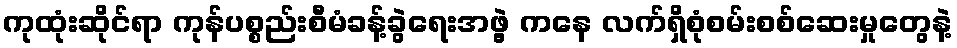
ကုထုံးဆိုင်ရာ ကုန်ပစ္စည်းစီမံခန့်ခွဲရေးအဖွဲ့ ကနေ လက်ရှိစုံစမ်းစစ်ဆေးမှုတွေနဲ့